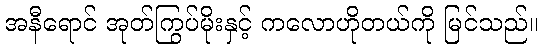
အနီရောင် အုတ်ကြွပ်မိုးနှင့် ကလောဟိုတယ်ကို မြင်သည်။